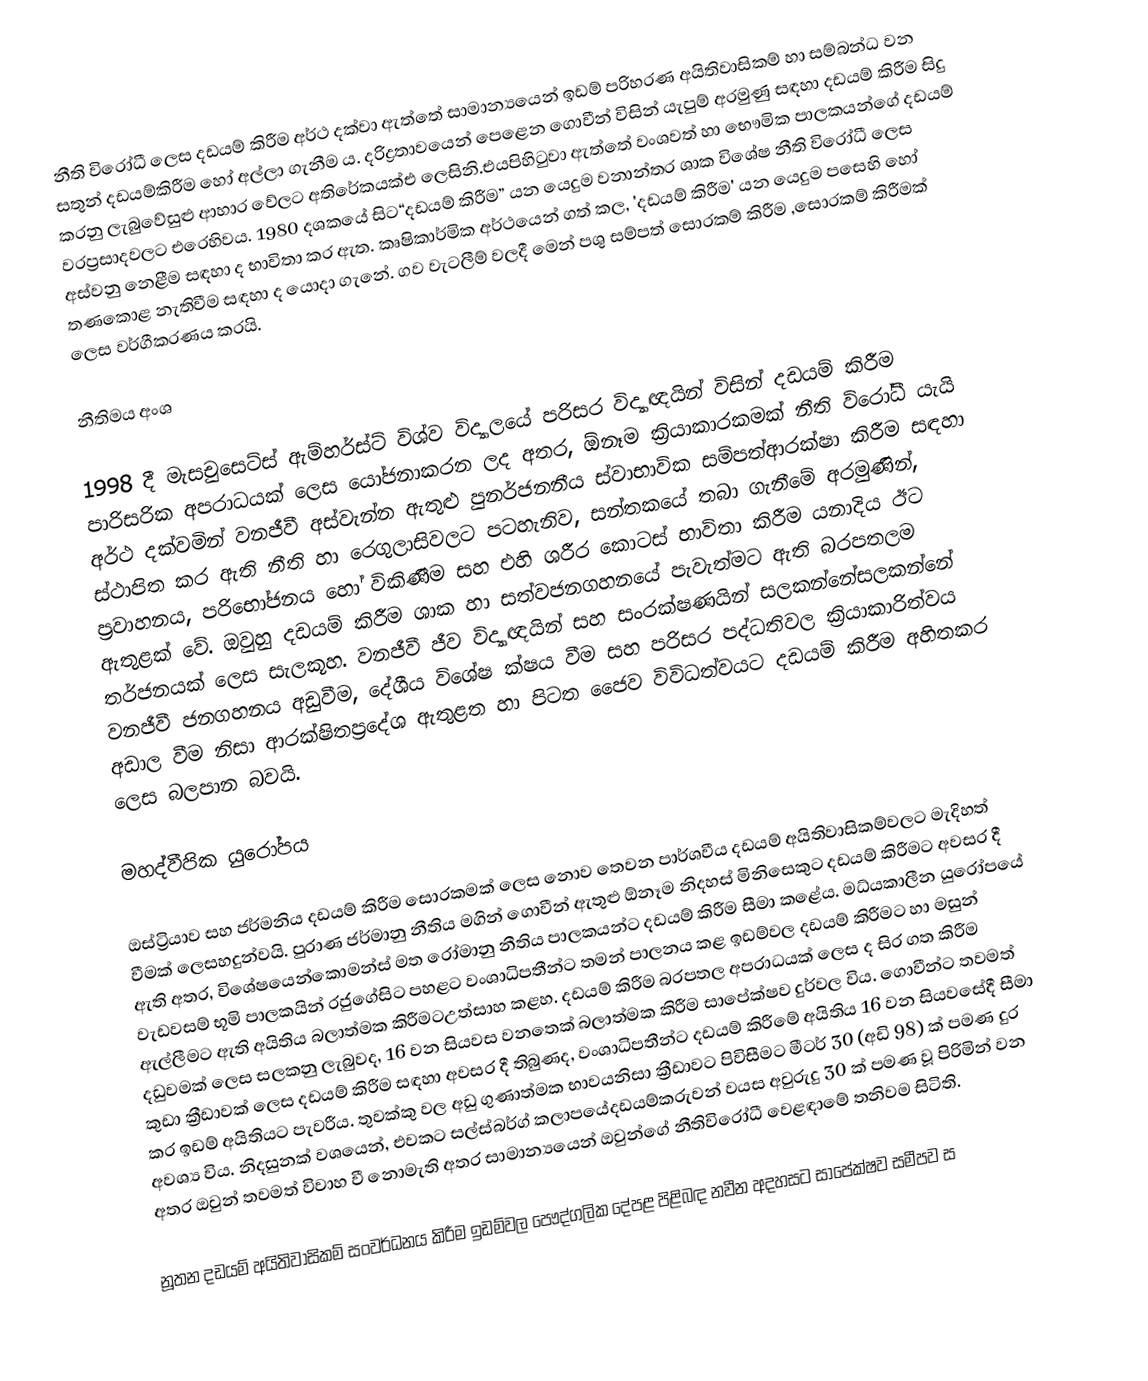
නීති විරෝධී ලෙස දඩයම් කිරීම අර්ථ දක්වා ඇත්තේ සාමාන්‍යයෙන් ඉඩම් පරිහරණ අයිතිවාසිකම් හා සම්බන්ධ වන සතුන් දඩයම්කිරීම හෝ අල්ලා ගැනීම ය.  දරිද්‍රතාවයෙන් පෙළෙන ගොවීන් විසින් යැපුම් අරමුණු සඳහා දඩයම් කිරීම සිදු කරනු ලැබුවේසුළු ආහාර වේලට අතිරේකයක්එ ලෙසිනි.එයපිහිටුවා ඇත්තේ වංශවත් හා භෞමික පාලකයන්ගේ දඩයම් වරප්‍රසාදවලට එරෙහිවය. 1980 දශකයේ සිට“දඩයම් කිරීම” යන යෙදුම වනාන්තර ශාක විශේෂ නීති විරෝධී ලෙස අස්වනු නෙළීම සඳහා ද භාවිතා කර  ඇත. කෘෂිකාර්මික අර්ථයෙන් ගත් කල, 'දඩයම් කිරීම' යන යෙදුම පසෙහි හෝ තණකොළ නැතිවීම සඳහා ද යොදා ගැනේ. ගව වැටලීම් වලදී මෙන් පශු සම්පත් සොරකම් කිරීම ,සොරකම් කිරීමක් ලෙස වර්ගීකරණය කරයි.

නීතිමය අංශ

1998 දී මැසචුසෙට්ස් ඇම්හර්ස්ට් විශ්ව විද්‍යාලයේ පරිසර විද්‍යාඥයින් විසින් දඩයම් කිරීම පාරිසරික අපරාධයක් ලෙස යෝජනාකරන ලද අතර, ඕනෑම ක්‍රියාකාරකමක් නීති විරෝධී යැයි අර්ථ දක්වමින් වනජීවී අස්වැන්න ඇතුළු පුනර්ජනනීය ස්වාභාවික සම්පත්ආරක්ෂා කිරීම සඳහා ස්ථාපිත කර ඇති නීති හා රෙගුලාසිවලට පටහැනිව, සන්තකයේ තබා ගැනීමේ අරමුණින්, ප්‍රවාහනය, පරිභෝජනය හෝ විකිණීම සහ එහි ශරීර කොටස් භාවිතා කිරීම යනාදිය ඊට ඇතුළක් වේ. ඔවුහු දඩයම් කිරීම ශාක හා සත්වජනගහනයේ පැවැත්මට ඇති බරපතලම තර්ජනයක් ලෙස සැලකූහ. වනජීවී ජීව විද්‍යාඥයින් සහ සංරක්ෂණයින් සලකන්නේසලකන්නේ වනජීවී ජනගහනය අඩුවීම, දේශීය විශේෂ ක්ෂය වීම සහ පරිසර පද්ධතිවල ක්‍රියාකාරිත්වය අඩාල වීම නිසා ආරක්ෂිතප්‍රදේශ ඇතුළත හා පිටත ජෛව විවිධත්වයට දඩයම් කිරීම අහිතකර ලෙස බලපාන බවයි.

මහද්වීපික යුරෝපය

ඔස්ට්‍රියාව සහ ජර්මනිය දඩයම් කිරීම සොරකමක් ලෙස නොව තෙවන පාර්ශවීය දඩයම් අයිතිවාසිකම්වලට මැදිහත් වීමක් ලෙසහදුන්වයි. පුරාණ ජර්මානු නීතිය මගින් ගොවීන් ඇතුළු ඕනෑම නිදහස් මිනිසෙකුට දඩයම් කිරීමට අවසර දී ඇති අතර, විශේෂයෙන්කොමන්ස් මත රෝමානු නීතිය පාලකයන්ට දඩයම් කිරීම සීමා කළේය. මධ්යකාලීන යුරෝපයේ වැඩවසම් භූමි පාලකයින් රජුගේසිට පහළට වංශාධිපතීන්ට තමන් පාලනය කළ ඉඩම්වල දඩයම් කිරීමට හා මසුන් ඇල්ලීමට ඇති අයිතිය බලාත්මක කිරීමටඋත්සාහ කළහ. දඩයම් කිරීම බරපතල අපරාධයක් ලෙස  ද සිර ගත කිරීම දඩුවමක්  ලෙස සලකනු ලැබුවද, 16 වන සියවස වනතෙක් බලාත්මක කිරීම සාපේක්ෂව දුර්වල විය. ගොවීන්ට තවමත් කුඩා ක්‍රීඩාවක් ලෙස දඩයම් කිරීම සඳහා අවසර දී තිබුණද, වංශාධිපතීන්ට දඩයම් කිරීමේ අයිතිය 16 වන සියවසේදී සීමා කර ඉඩම් අයිතියට පැවරීය. තුවක්කු වල අඩු ගුණාත්මක භාවයනිසා ක්‍රීඩාවට පිවිසීමට මීටර් 30 (අඩි 98) ක් පමණ දුර අවශ්‍ය විය. නිදසුනක් වශයෙන්, එවකට සල්ස්බර්ග් කලාපයේදඩයම්කරුවන් වයස අවුරුදු 30 ක් පමණ වූ පිරිමින් වන අතර ඔවුන් තවමත් විවාහ වී නොමැති අතර සාමාන්‍යයෙන් ඔවුන්ගේ නීතිවිරෝධී වෙළඳාමේ තනිවම සිටිති.  

නූතන දඩයම් අයිතිවාසිකම් සංවර්ධනය කිරීම ඉඩම්වල පෞද්ගලික දේපළ පිළිබඳ නවීන අදහසට සාපේක්ෂව සමීපව ස